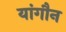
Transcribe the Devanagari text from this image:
यांगौन